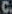
C.